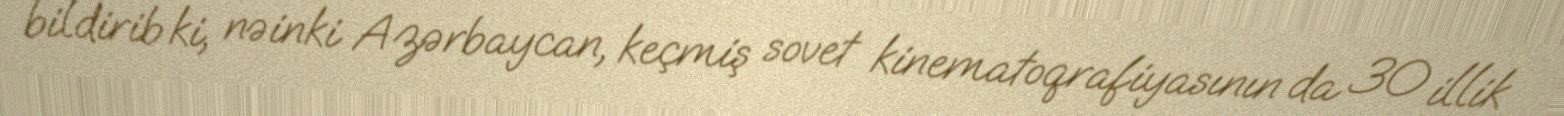
bildirib ki, nəinki Azərbaycan, keçmiş sovet kinematoqrafiyasının da 30 illik